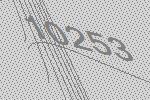
10253